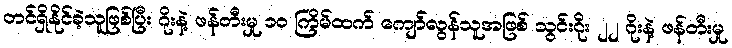
တင်ရှိနိုင်ခဲ့သူဖြစ်ပြီး ဂိုးနဲ့ ဖန်တီးမှု ၁၀ ကြိမ်ထက် ကျော်လွန်သူအဖြစ် သွင်းဂိုး ၂၂ ဂိုးနဲ့ ဖန်တီးမှု